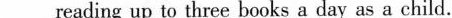
___reading up to three books a day as a child.